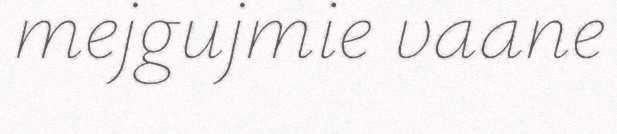
mejgujmie vaane